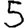
Digit: 5